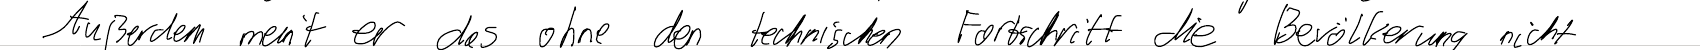
Außerdem meint er das ohne den technischen Fortschritt die Bevölkerung nicht